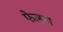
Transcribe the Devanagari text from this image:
फेलना